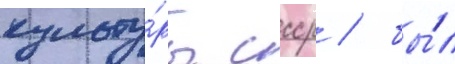
культу́ры ссср / бы́л